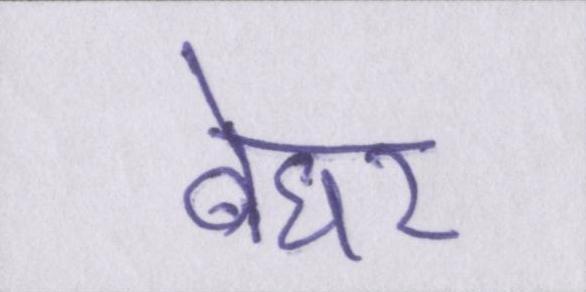
बेघर